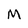
Character: M